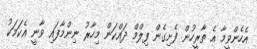
އެހެންވީމާ އެ ތާރީހުން ފެށިގެން ފިލްމް ދައްކަން މިހާރު ނިންމާފައި ވާނީ އެކަމަކު